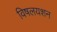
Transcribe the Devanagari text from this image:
विषलयशन